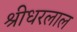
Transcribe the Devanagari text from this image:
श्रीधरलाल